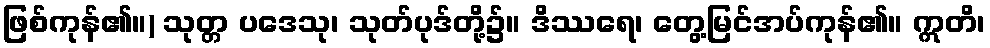
ဖြစ်ကုန်၏။) သုတ္တ ပဒေသု၊ သုတ်ပုဒ်တို့၌။ ဒိဿရေ၊ တွေ့မြင်အပ်ကုန်၏။ ဣတိ၊